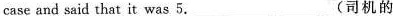
case and said that it was 5.___(司机的